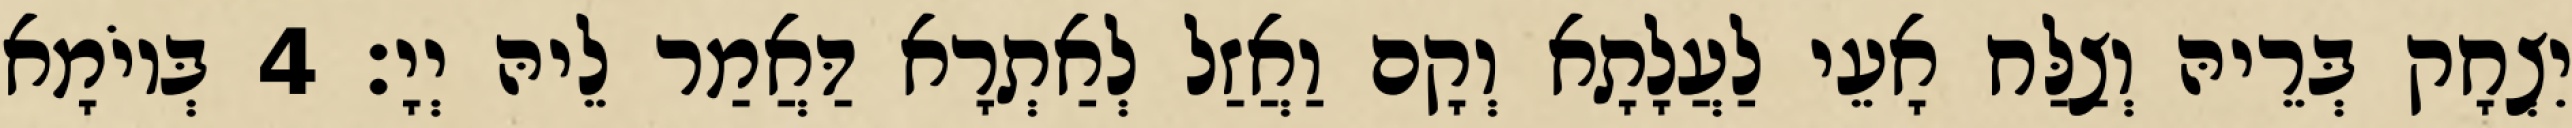
יִצְחָק בְּרֵיהּ וְצַלַּח אָעֵי לַעֲלָתָא וְקָם וַאֲזַל לְאַתְרָא דַּאֲמַר לֵיהּ יְיָ׃ 4 בְּיוֹמָא